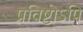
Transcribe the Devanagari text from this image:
प्रविष्टोऽपि